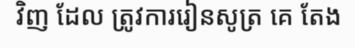
វិញ ដែល ត្រូវការរៀនសូត្រ គេ តែង